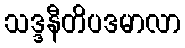
သဒ္ဒနီတိပဒမာလာ